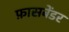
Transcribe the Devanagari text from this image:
फ़ासबेंडर